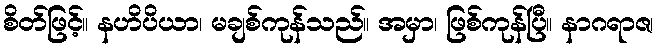
စိတ်ဖြင့်။ နဟိပိယာ၊ မချစ်ကုန်သည်။ အမှာ၊ ဖြစ်ကုန်ပြီ။ နာဂရာဇ၊